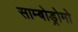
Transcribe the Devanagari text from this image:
साम्बोड्रोमो